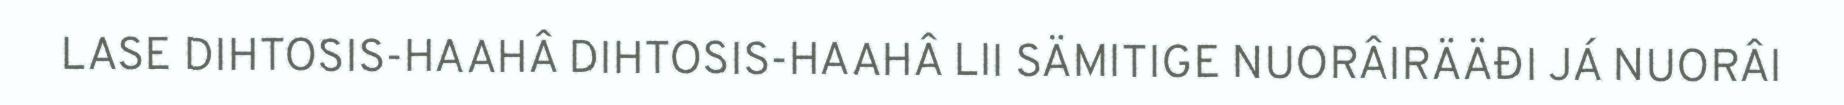
LASE DIHTOSIS-HAAHÂ DIHTOSIS-HAAHÂ LII SÄMITIGE NUORÂIRÄÄĐI JÁ NUORÂI